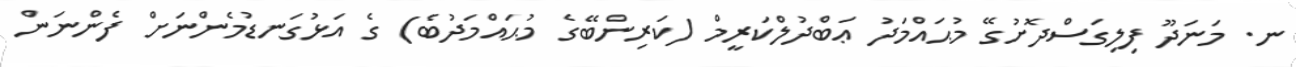
ނ. މަނަދޫ ފިލިގަސްދޮށުގޭ މުޙައްމަދު ޢަބްދުލްކަރީމް (ކަރިންބޭގެ މުޙައްމަދުބެ) ގެ އަޅުގަނޑުމެންނަށް ފެންނަން